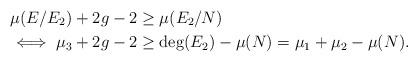
LaTeX: \begin{align*} \mu(E/E_2) + 2g-2 &\geq \mu(E_2/N) \\ \iff \mu_3 +2g-2 &\geq \deg(E_2)-\mu(N)=\mu_1+\mu_2-\mu(N). \end{align*}